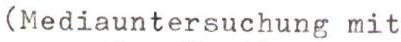
(Mediauntersuchung mit